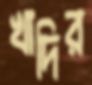
খাদির